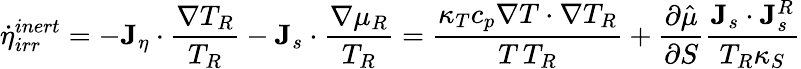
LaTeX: \dot{\eta}_{irr}^{inert}=-{\mathbf J}_{\eta}\cdot\frac{\nabla T_{R}}{T_{R}}-{\mathbf J}_{s}\cdot\frac{\nabla\mu_{R}}{T_{R}}=\frac{\kappa_{T}c_{p}\nabla T\cdot\nabla T_{R}}{T\, T_{R}}+\frac{\partial\hat{\mu}}{\partial S}\frac{{\mathbf J}_{s}\cdot{\mathbf J}_{s}^{R}}{T_{R}\kappa_{S}}